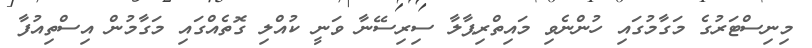
މިނިސްޓަރުގެ މަގާމުގައި ހުންނެވި މައިތްރިޕާލާ ސިރިސޭނާ ވަނީ ކުއްލި ގޮތެއްގައި މަގާމުން އިސްތިއުފާ